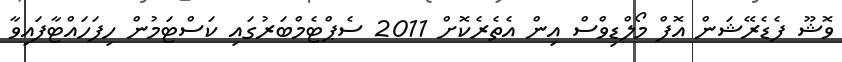
ވޮޝޫ ފެޑެރޭޝަން އޮފް މޯލްޑިވްސް އިން އެތެރެކޮށް 2011 ސެޕްޓެމްބަރުގައި ކަސްޓަމުން ހިފަހައްޓާފައިވާ